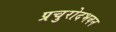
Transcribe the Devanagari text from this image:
प्रचुरोदभवन